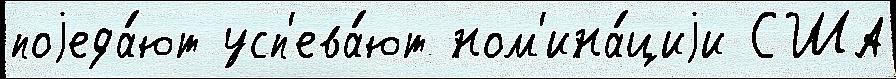
поjеда́ют усп'ева́ют ном'ина́циjи США